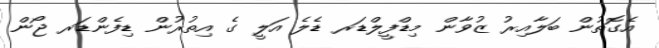
އެގޮތުން ބަލާއިރު ޒުވާން މިޑްފީލްޑަރ ޑެލެ އަލީ ގެ އިތުރުން ޑިފެންޑަރ ޖޯން